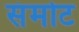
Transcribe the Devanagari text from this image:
संमोट